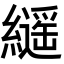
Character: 𦆸